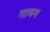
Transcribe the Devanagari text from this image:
गापन